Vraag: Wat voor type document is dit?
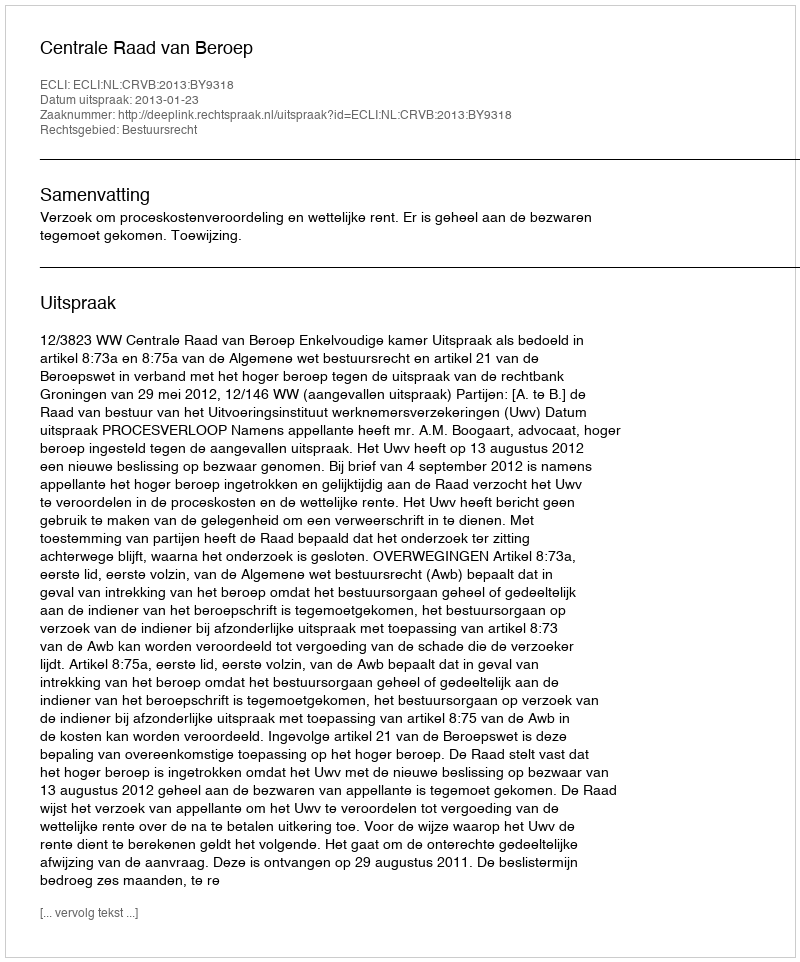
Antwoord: Uitspraak